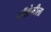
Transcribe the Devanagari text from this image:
टॉलेमीला